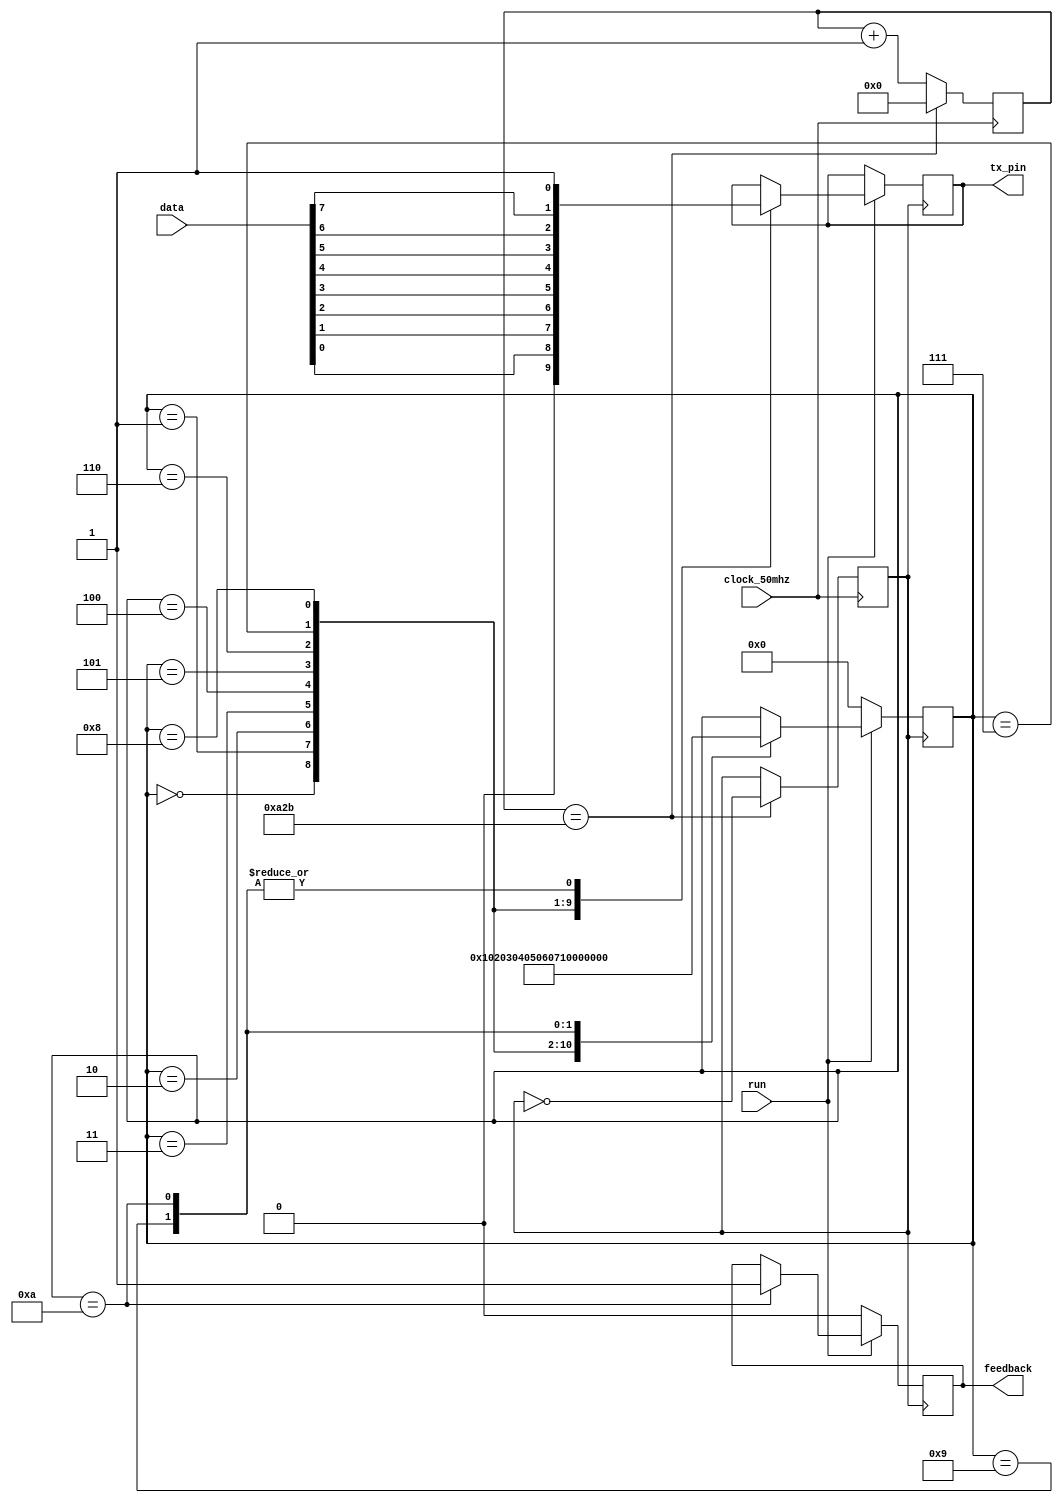
module uartWrite(
						clock_50mhz,
						data,
						run,
						feedback,
						tx_pin
			);
			
// khai bao dau vao dau ra cho module
input 			clock_50mhz;		// xung dau vao
input [7:0] 	data; 				// 8bit data gui di
input 			run;					// 0 reset tham so chuan bi gui data cho lan toi, 1 gui data
output			tx_pin;				// chan tx l chn out ra			
output wire		feedback;			// tra ve ket qua = 1 khi da gui xong data

// khai bao cac bien 

reg	clock;							// xung clock voi baurade 115200/s
reg	fb;								// bien phan hoi ket qua
reg 	tx;								// bien gan gia tri cho chan tx
//reg	[7:0]		counter;				// 50000000:115200:2 = 217. tnh so xung cho 1 nua chu ky baurate 115200/s
reg	[11:0]	counter;				// 50000000:9600:2 = 2604. tnh so xung cho 1 nua chu ky baurate 9600 bit/s
reg	[7:0]		stt_tx;				//	trang thai khung truyen uart




// hm tao xung clock baurade 115200/s

always@(posedge clock_50mhz)
	begin
//		if(counter == 8'd216)		// baurade 115200 bit/s
		if(counter == 12'd2603)		// baurade	9600  bit/s
			begin
				counter<=0;
				clock= ~clock; 												// u ra xung clock c tn s 115200/s
			end
		else
			counter <= counter + 1;
	end
	
// chuong trinh gui data

always@(posedge clock)
	begin
		if(run)																		//	module top_level gui data va tn hieu bt u truyn d liu 
			case(stt_tx)
				8'd0: begin tx<=0; 			stt_tx<=1; end					// start
				8'd1:	begin tx <= data[0]; stt_tx<=2; end					// gui bit lsb - bit[0]
				8'd2:	begin tx <= data[1]; stt_tx<=3; end					//  bit[1]
				8'd3:	begin tx <= data[2]; stt_tx<=4; end					//  bit[2]
				8'd4:	begin tx <= data[3]; stt_tx<=5; end					//  bit[3]
				8'd5:	begin tx <= data[4]; stt_tx<=6; end					//  bit[4]
				8'd6:	begin tx <= data[5]; stt_tx<=7; end					//  bit[5]
				8'd7:	begin tx <= data[6]; stt_tx<=8; end					//  bit[6]
				8'd8:	begin tx <= data[7]; stt_tx<=9; end					//  gui bit msb - bit[7]
				8'd9:	begin tx <= 1; 		stt_tx<=10; end				//  stop
				8'd10:begin tx <= 1; 		stt_tx<=11; fb <=1; end		//  bit stop v fb lai cho module top_level la da truyen xong du lieu		
			endcase
			
		else if(!run)																// khoi tao lai de chuan bi gui byte tiep theo
			begin
				fb <= 0;
				stt_tx <= 0;
			end
	end

assign tx_pin = tx;				// gan trang thai tin hieu ra chan TX							
assign feedback = fb;			// gan du lieu feedback cho module top_level		
	
endmodule